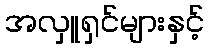
အလှူရှင်များနှင့်